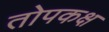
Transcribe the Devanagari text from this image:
तोपकक्ष